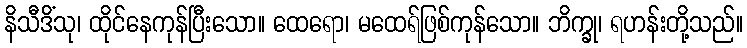
နိသီဒိံသု၊ ထိုင်နေကုန်ပြီးသော။ ထေရော၊ မထေရ်ဖြစ်ကုန်သော။ ဘိက္ခု၊ ရဟန်းတို့သည်။